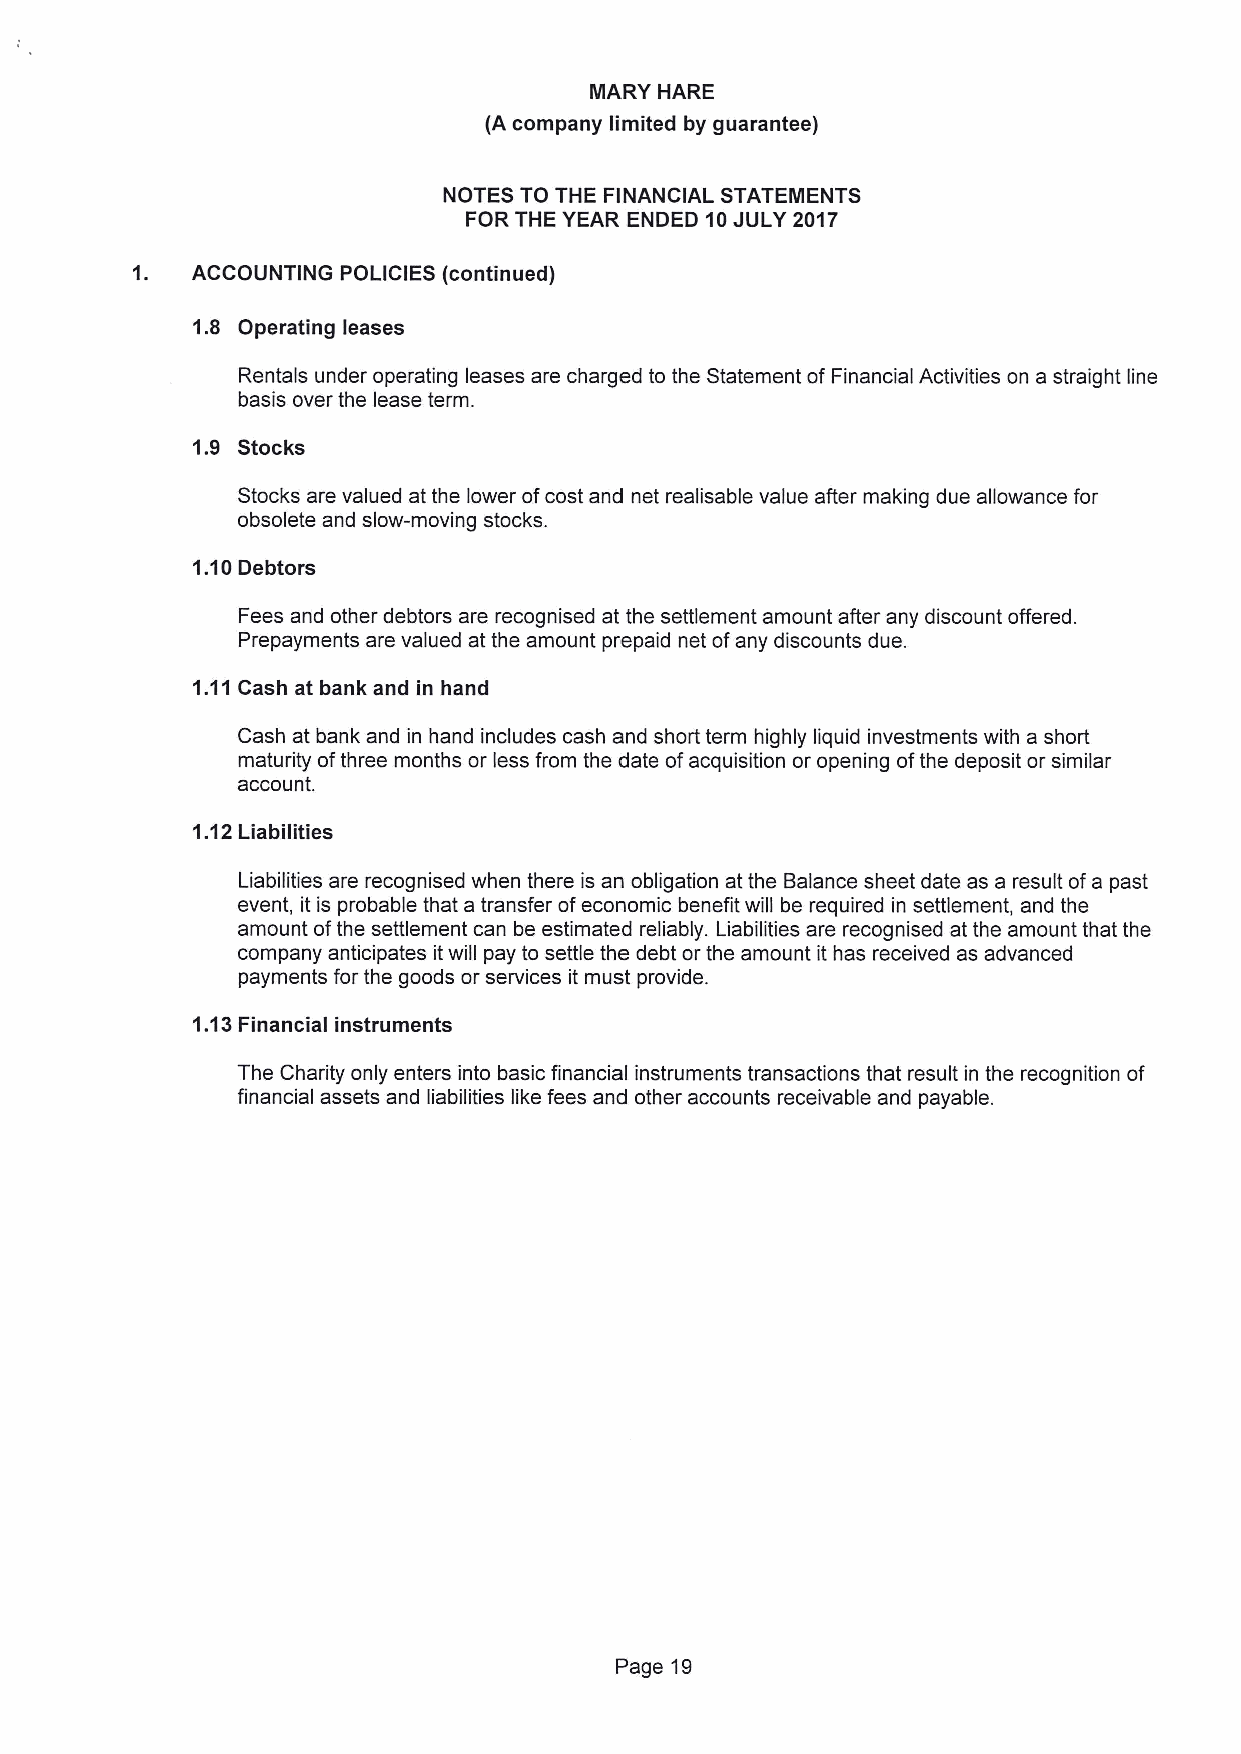
IIARY HARE
 (A company limited by guarantee)
 NOTES TO THE FINANCIAL STATEMENTS
 FOR THE YEAR ENDED 10JULY 2017
 ACCOUNTING POLICIES (continued)
 1.8 Operating leases
 Rentals under operating leases are charged to the Statement of Financial Activities on a straight line
 basis over the lease term.
 1.9 Stocks
 Stocks are valued at the lower ofcost and net realisable value after making due allowance for
 obsolete and slow-moving stocks.
 1.10Debtors
 Fees and other debtors are recognised at the settlement amount after any discount offered.
 Prepayments are valued at the amount prepaid net ofany discounts due.
 1.11Cash at bank and in hand
 Cash at bank and in hand includes cash and short term highly liquid investments with a short
 maturity ofthree months or less from the date ofacquisition or opening ofthe deposit or similar
 account.
 1.12Liabilities
 Liabilities are recognised when there is an obligation at the Balance sheet date as a result ofa past
 event, it is probable that a transfer ofeconomic benefit will be required in settlement, and the
 amount ofthe settlement can be estimated reliably. Liabilities are recognised at the amount that the
 company anticipates itwill pay to settle the debt or the amount it has received as advanced
 payments for the goods or services it must provide.
 1.13Financial instruments
 The Charity only enters into basic financial instruments transactions that result in the recognition of
 financial assets and liabilities like fees and other accounts receivable and payable.
 Page 19